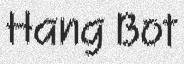
Hang Bot